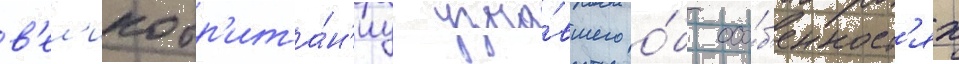
в'ел'икобр'ита́н'иу узна́вшего о́б осо́б'енност'ях